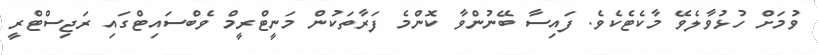
ވުމަށް ހުޅުވާލެވޭ މާކެޓެކެވެ. ފައިސާ ބޭނުންވާ ކޮންމެ ފަރާތަކުން މަނީޓްރީމް ވެބްސައިޓްގައި ރަޖިސްޓްރީ